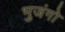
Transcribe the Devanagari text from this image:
भुजंगो